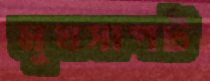
মুখসাপট